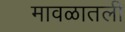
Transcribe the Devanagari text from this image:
मावळातली